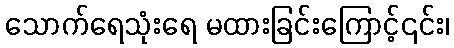
သောက်ရေသုံးရေ မထားခြင်းကြောင့်၎င်း၊